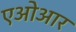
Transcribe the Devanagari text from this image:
एओआर